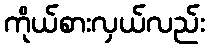
ကိုယ်စားလှယ်လည်း